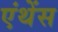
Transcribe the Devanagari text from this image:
एंथेंस